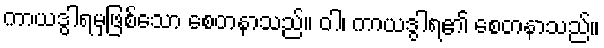
ကာယဒွါရမှဖြစ်သော စေတနာသည်။ ဝါ၊ ကာယဒွါရ၏ စေတနာသည်။